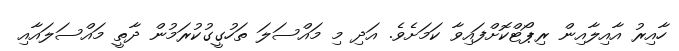
ހާއިރު އާއިލާއިން ރިޕޯޓްކޮށްފައިވާ ކަމަށެވެ. އަދި މި މައްސަލަ ތަހުގީގުކުރަމުން ދާތީ މައްސަލައާއި